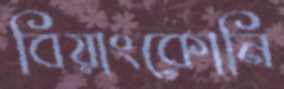
বিয়াংকোনি